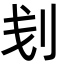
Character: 刬